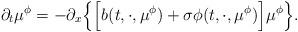
LaTeX: \begin{align*}\partial_t\mu^\phi = -\partial_x\Big\{\Big[ b(t, \cdot, \mu^\phi) + \sigma\phi(t, \cdot, \mu^\phi)\Big]\mu^\phi \Big\} .\end{align*}